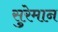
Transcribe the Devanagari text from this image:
सुरेमान